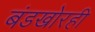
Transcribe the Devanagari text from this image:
बंडखोरही